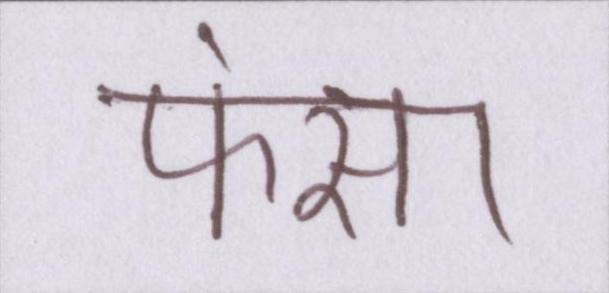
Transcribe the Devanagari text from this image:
फंसा